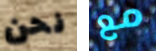
نحن مع